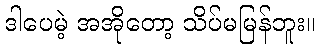
ဒါပေမဲ့ အအိုတော့ သိပ်မမြန်ဘူး။